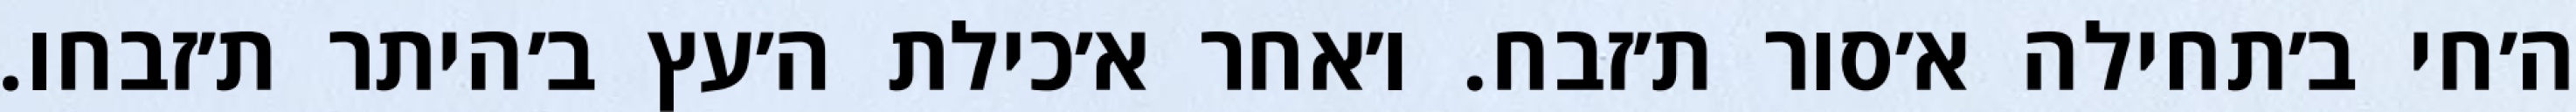
ה׳חי ב׳תחילה א׳סור ת׳זבח. ו׳אחר א׳כילת ה׳עץ ב׳היתר ת׳זבחו.